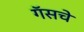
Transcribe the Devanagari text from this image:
गॅसचे